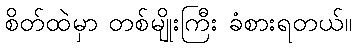
စိတ်ထဲမှာ တစ်မျိုးကြီး ခံစားရတယ်။